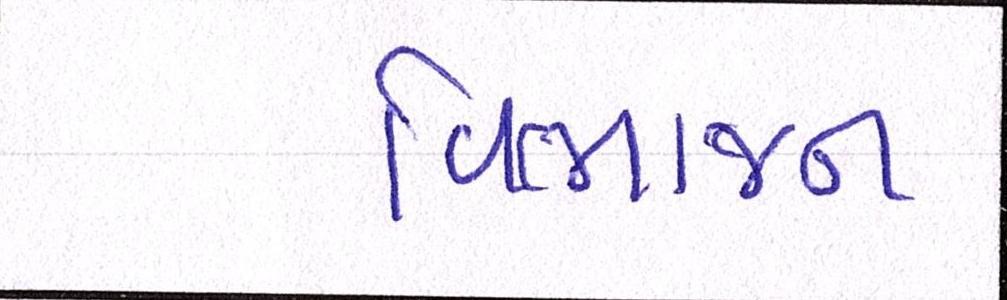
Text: વિભાજન